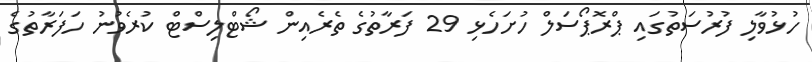
ހުޅުވާލި ފުރުސަތުގައި ޕްރޮޕޯސަލް ހުށަހެޅި 29 ފަރާތުގެ ތެރެއިން ޝޯޓްލިސްޓް ކުރެވުނު ހަފަރާތުގެ